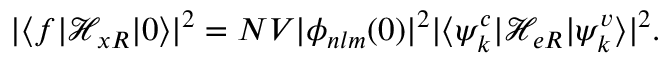
| \langle f \vert \mathcal { H } _ { x R } \vert 0 \rangle | ^ { 2 } = N V | \phi _ { n l m } ( 0 ) | ^ { 2 } | \langle \psi _ { k } ^ { c } \vert \mathcal { H } _ { e R } \vert \psi _ { k } ^ { v } \rangle | ^ { 2 } .